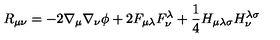
R _ { \mu \nu } = - 2 \nabla _ { \mu } \nabla _ { \nu } \phi + 2 F _ { \mu \lambda } F _ { \nu } ^ { \lambda } + \frac { 1 } { 4 } H _ { \mu \lambda \sigma } H _ { \nu } ^ { \lambda \sigma }